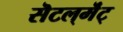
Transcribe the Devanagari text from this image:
सॆटल्‌मॆंट्